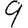
Digit: 9